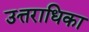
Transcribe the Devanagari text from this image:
उत्तराधिका